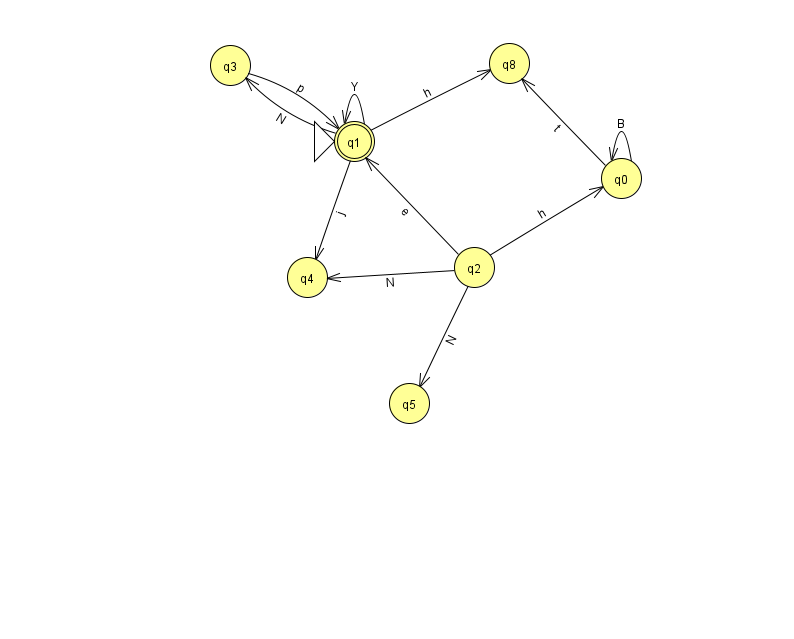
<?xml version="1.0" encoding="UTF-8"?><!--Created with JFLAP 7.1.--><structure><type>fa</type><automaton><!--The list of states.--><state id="0" name="q0"><x>621.0</x><y>165.0</y></state><state id="1" name="q1"><x>354.0</x><y>128.0</y><initial/><final/></state><state id="2" name="q2"><x>474.0</x><y>254.0</y></state><state id="3" name="q3"><x>230.0</x><y>52.0</y></state><state id="4" name="q4"><x>307.0</x><y>264.0</y></state><state id="5" name="q5"><x>409.0</x><y>390.0</y></state><state id="8" name="q8"><x>509.0</x><y>50.0</y></state><!--The list of transitions.--><transition><from>0</from><to>8</to><read>t</read></transition><transition><from>1</from><to>8</to><read>h</read></transition><transition><from>2</from><to>0</to><read>h</read></transition><transition><from>2</from><to>1</to><read>e</read></transition><transition><from>0</from><to>0</to><read>B</read></transition><transition><from>1</from><to>4</to><read>j</read></transition><transition><from>2</from><to>4</to><read>N</read></transition><transition><from>3</from><to>1</to><read>p</read></transition><transition><from>2</from><to>5</to><read>N</read></transition><transition><from>1</from><to>1</to><read>Y</read></transition><transition><from>1</from><to>3</to><read>N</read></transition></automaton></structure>